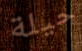
حيلة